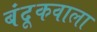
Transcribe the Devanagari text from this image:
बंदूकवाला